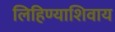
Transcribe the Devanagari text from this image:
लिहिण्याशिवाय